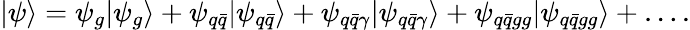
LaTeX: |\psi\rangle=\psi_{g}|\psi_{g}\rangle+\psi_{q\bar{q}}|\psi_{q\bar{q}}\rangle+\psi_{q\bar{q}\gamma}|\psi_{q\bar{q}\gamma}\rangle+\psi_{q\bar{q}gg}|\psi_{q\bar{q}gg}\rangle+\ldots.